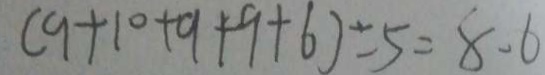
( 9 + 1 0 + 9 + 9 + 6 ) \div 5 = 8 . 6